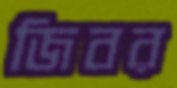
জিবর